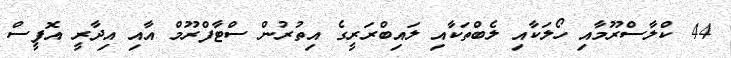
44 ކްލާސްރޫމާއި ހޯލަކާއި ލެބްތަކާއި ލައިބްރަރީގެ އިތުރުން ސްޓާފްރޫމް އާއި އިދާރީ އޮފީސް